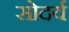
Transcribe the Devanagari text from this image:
सोदर्य